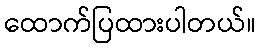
ထောက်ပြထားပါတယ်။